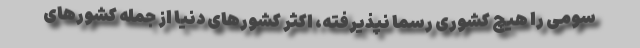
سومی را هیچ کشوری رسما نپذیرفته، اکثر کشورهای دنیا از جمله کشورهای